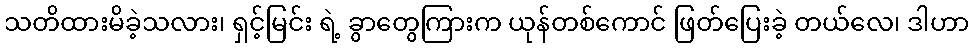
သတိထားမိခဲ့သလား၊ ရှင့်မြင်း ရဲ့ ခွာတွေကြားက ယုန်တစ်ကောင် ဖြတ်ပြေးခဲ့ တယ်လေ၊ ဒါဟာ